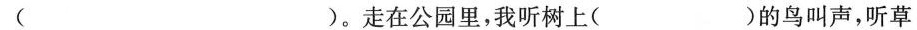
( )。走在公园里，我听树上( )的鸟叫声，听草